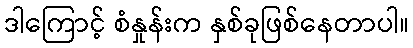
ဒါကြောင့် စံနှုန်းက နှစ်ခုဖြစ်နေတာပါ။